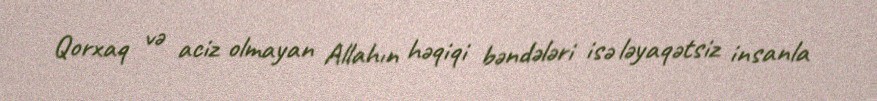
Qorxaq və aciz olmayan Allahın həqiqi bəndələri isə ləyaqətsiz insanla